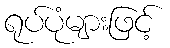
ရုပ်ပုံများဖြင့်